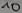
Text: 10